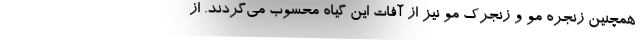
همچنین زنجره مو و زنجرک مو نیز از آفات این گیاه محسوب می‌گردند. از